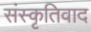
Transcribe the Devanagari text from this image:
संस्कृतिवाद